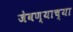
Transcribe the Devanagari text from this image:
जेवण्याच्या